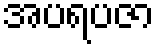
အပရပဇာ